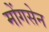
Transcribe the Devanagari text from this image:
मोंगसेन